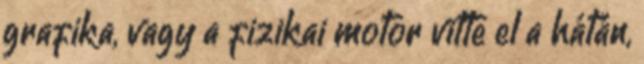
grafika, vagy a fizikai motor vitte el a hátán,